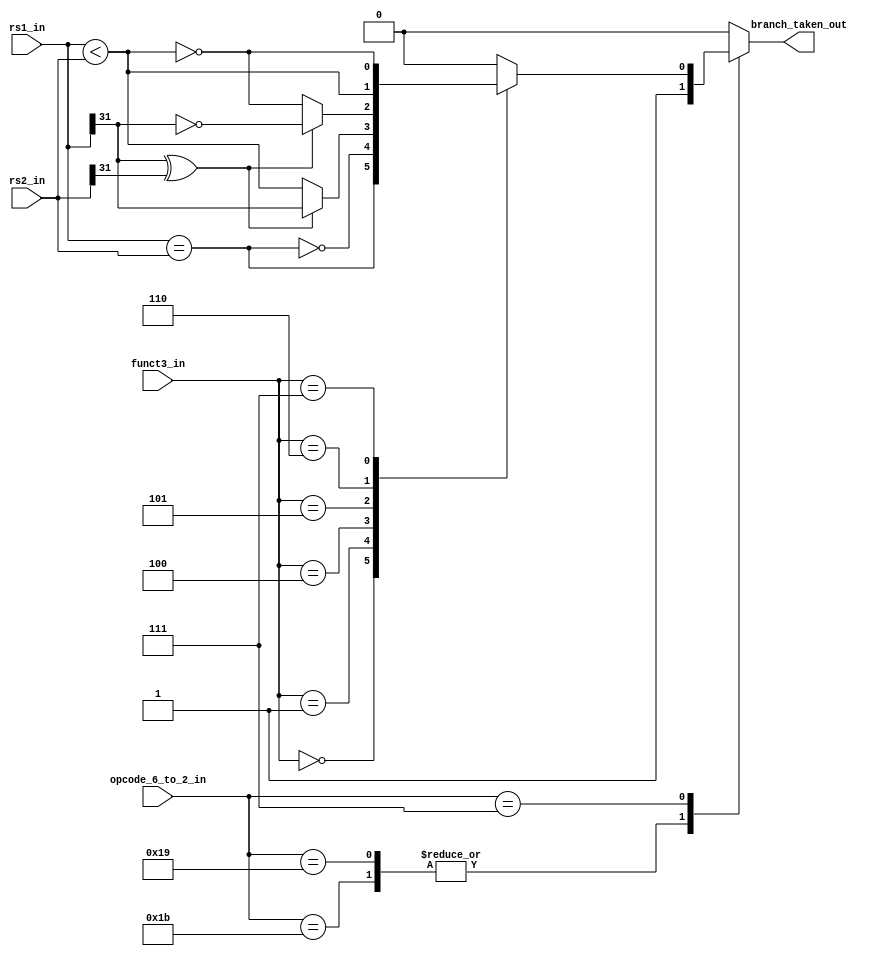
module msrv32_branch_unit(input [31:0] rs1_in,rs2_in,
                   input [6:2] opcode_6_to_2_in,
                   input [2:0] funct3_in,
                   output reg branch_taken_out);
parameter OPCODE_BRANCH = 5'b00111;
parameter OPCODE_JAL = 5'b11011;
parameter OPCODE_JALR = 5'b11001;

reg take;

always @(*) begin
    case (funct3_in)
        3'b000 : take = (rs1_in == rs2_in);
        3'b001 : take = !(rs1_in == rs2_in);
        3'b100 : take = rs1_in[31] ^ rs2_in[31] ? rs1_in[31] : (rs1_in < rs2_in);
        3'b101 : take = rs1_in[31] ^ rs2_in[31] ? ~rs1_in[31] : !(rs1_in < rs2_in);
        3'b110 : take = (rs1_in < rs2_in);
        3'b111 : take = !(rs1_in < rs2_in);
        default: take = 1'b0; 
    endcase
end

always @(*) begin
    case(opcode_6_to_2_in [6:2])
        OPCODE_JAL : branch_taken_out = 1'b1;
        OPCODE_JALR : branch_taken_out = 1'b1;
        OPCODE_BRANCH : branch_taken_out = take;
        default : branch_taken_out = 1'b0;
    endcase
end

endmodule